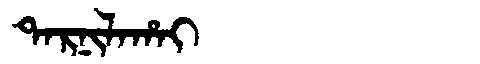
Manchu: ᡨᠠᡵᠨᡳᠯᠠᡥᠠᡳ
Romanization: TARNILAHAI